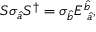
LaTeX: S \sigma _ { \hat { a } } S ^ { \dagger } = \sigma _ { \hat { b } } E _ { \mathrm { ~ } \hat { a } } ^ { \hat { b } } ,